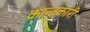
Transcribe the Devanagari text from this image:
क्रान्तकारी